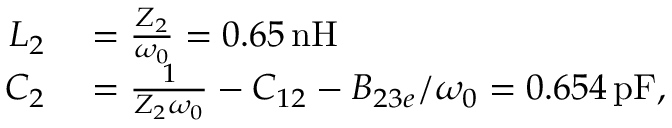
\begin{array} { r l } { L _ { 2 } } & { { } = \frac { Z _ { 2 } } { \omega _ { 0 } } = 0 . 6 5 \, \mathrm { n H } } \\ { C _ { 2 } } & { { } = \frac { 1 } { Z _ { 2 } \omega _ { 0 } } - C _ { 1 2 } - B _ { 2 3 e } / \omega _ { 0 } = 0 . 6 5 4 \, \mathrm { p F } , } \end{array}